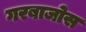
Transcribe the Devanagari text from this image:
गरबाजोस